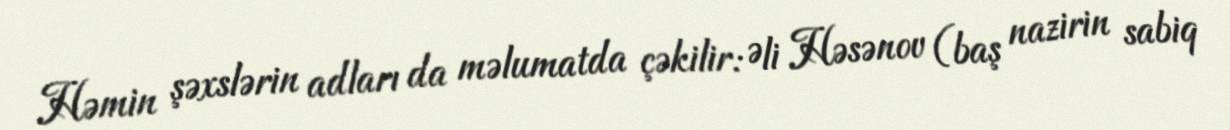
Həmin şəxslərin adları da məlumatda çəkilir: Əli Həsənov (baş nazirin sabiq